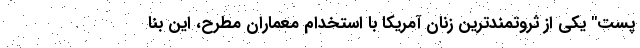
پست" یکی از ثروتمندترین زنان آمریکا با استخدام معماران مطرح، این بنا